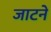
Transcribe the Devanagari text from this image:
जाटने